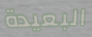
البعيدة